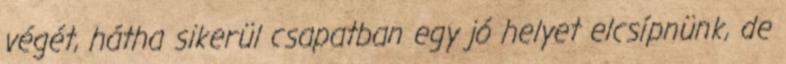
végét, hátha sikerül csapatban egy jó helyet elcsípnünk, de